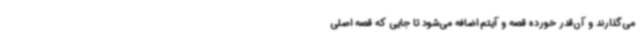
می‌گذارند و آن‌قدر خورده قصه و آیتم اضافه می‌شود تا جایی که قصه اصلی